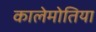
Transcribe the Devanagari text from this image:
कालेमोतिया